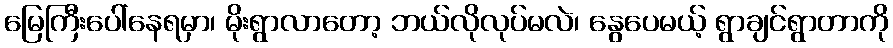
မြေကြီးပေါ်နေရမှာ၊ မိုးရွာလာတော့ ဘယ်လိုလုပ်မလဲ၊ နွေပေမယ့် ရွာချင်ရွာတာကို